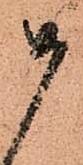
如